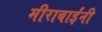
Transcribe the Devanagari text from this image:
मीराबाईंनी